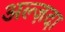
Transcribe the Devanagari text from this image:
अल्ज़दा